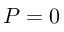
P = 0